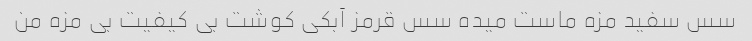
سس سفید مزه ماست میده سس قرمز آبکی کوشت بی کیفیت بی مزه من